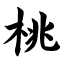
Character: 桃